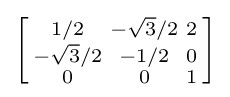
\left[{\begin{smallmatrix}1/2&-{\sqrt {3}}/2&2\\-{\sqrt {3}}/2&-1/2&0\\0&0&1\\\end{smallmatrix}}\right]